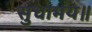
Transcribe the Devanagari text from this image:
सुधामय॥